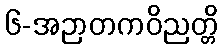
၆-အဉာတကဝိညတ္တိ